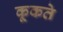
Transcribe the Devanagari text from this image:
कूकते